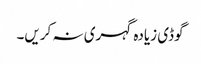
گوڈی زیادہ گہری نہ کریں۔